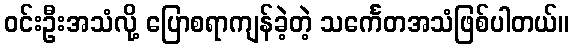
ဝင်းဦးအသံလို့ ပြောစရာကျန်ခဲ့တဲ့ သင်္ကေတအသံဖြစ်ပါတယ်။